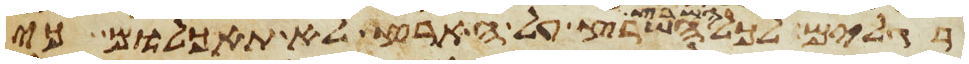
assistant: רגלים לכל השרץ השרץ על הארץ לא תאכלום כי